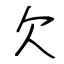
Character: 欠